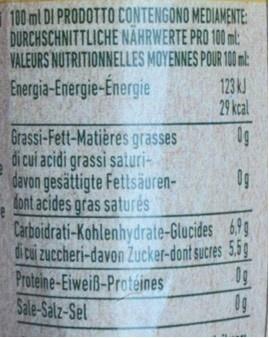
100 ml DI PRODOTTO CONTENGONO MEDIAMENTE: DURCHSCHNITTLICHE NÄHRWERTE PRO 100 ml: VALEURS NUTRITIONNELLES MOYENNES POUR 100 m: 123 kJ 29 kcal
Energia-Energie-Energie
Grassi-Fett-Matières grasses di cui acidi grassi saturi- davon gesättigte Fettsäuren- dont acides gras saturés Carboidrati-Kohlenhydrate-Glucides 69 di cui zuccheri-davon Zucker-dont sucres 5.59 Proteine-Eiweiß-Protéines Sale-Salz-Sel
0g
0g
0g